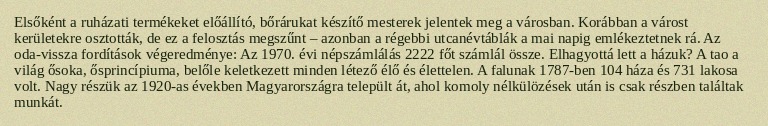
Elsőként a ruházati termékeket előállító, bőrárukat készítő mesterek jelentek meg a városban. Korábban a várost kerületekre osztották, de ez a felosztás megszűnt – azonban a régebbi utcanévtáblák a mai napig emlékeztetnek rá. Az oda-vissza fordítások végeredménye: Az 1970. évi népszámlálás 2222 főt számlál össze. Elhagyottá lett a házuk? A tao a világ ősoka, ősprincípiuma, belőle keletkezett minden létező élő és élettelen. A falunak 1787-ben 104 háza és 731 lakosa volt. Nagy részük az 1920-as években Magyarországra települt át, ahol komoly nélkülözések után is csak részben találtak munkát.